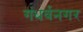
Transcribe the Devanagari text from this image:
गंधर्वनगर